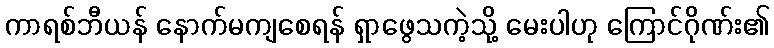
ကာရစ်ဘီယန် နောက်မကျစေရန် ရှာဖွေသကဲ့သို့ မေးပါဟု ကြောင်ဂိုဏ်း၏